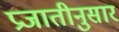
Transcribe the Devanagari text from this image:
प्रजातीनुसार